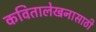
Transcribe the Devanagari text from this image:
कवितालेखनासाठी